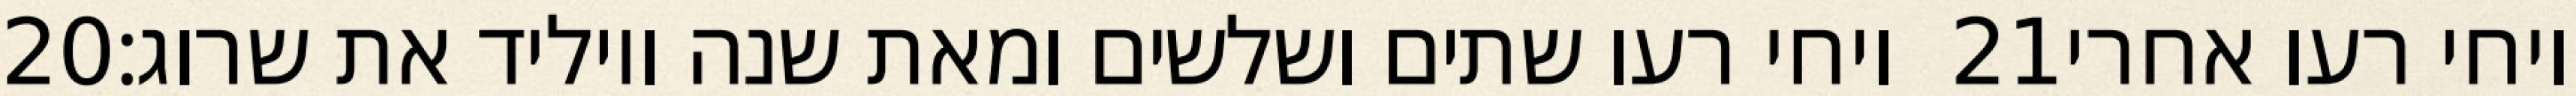
‎20‏ ויחי רעו שתים ושלשים ומאת שנה ויוליד את שרוג׃ ‎21‏ ויחי רעו אחרי